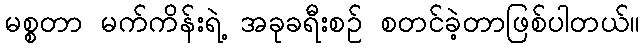
မစ္စတာ မက်ကိန်းရဲ့ အခုခရီးစဉ် စတင်ခဲ့တာဖြစ်ပါတယ်။